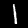
Digit: 1